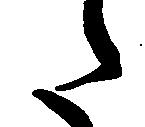
た